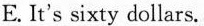
E. It's sixty dollars.